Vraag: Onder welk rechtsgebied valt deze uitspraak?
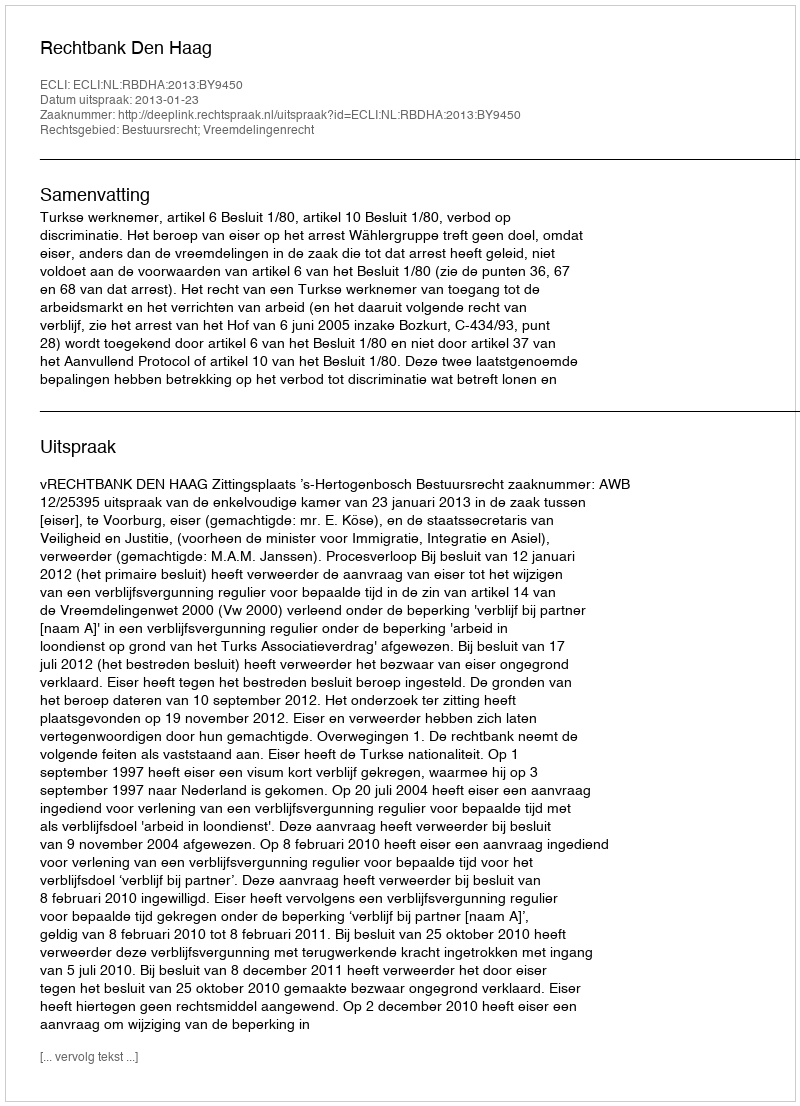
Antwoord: Bestuursrecht; Vreemdelingenrecht